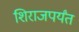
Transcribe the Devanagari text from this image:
शिराजपर्यंत